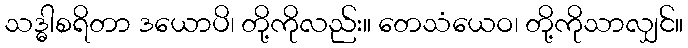
သဒ္ဓါစရိတာ ဒယောပိ၊ တို့ကိုလည်း။ တေသံယေဝ၊ တို့ကိုသာလျှင်။